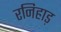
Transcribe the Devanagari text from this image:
रनिहाड़